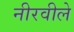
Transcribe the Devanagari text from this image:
नीरवीले